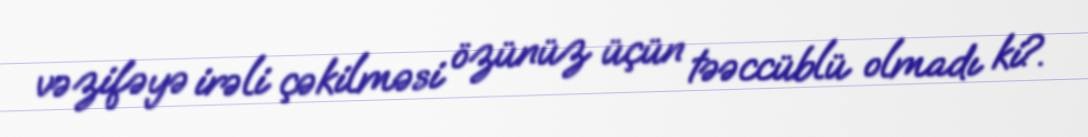
vəzifəyə irəli çəkilməsi özünüz üçün təəccüblü olmadı ki?.